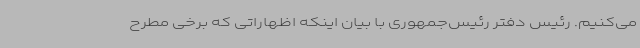
می‌کنیم. رئیس دفتر رئیس‌جمهوری با بیان اینکه اظهاراتی که برخی مطرح